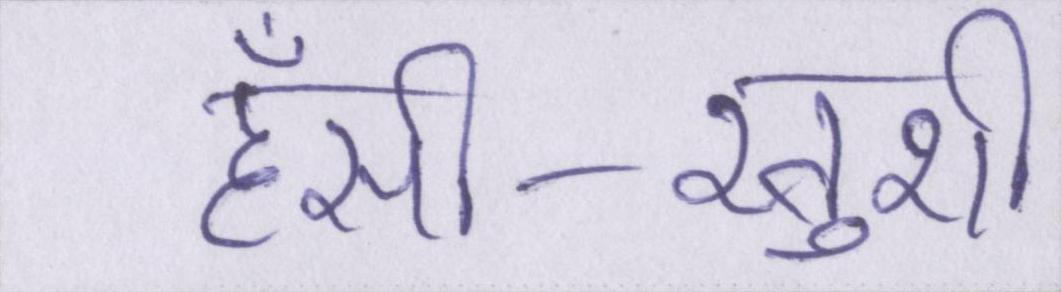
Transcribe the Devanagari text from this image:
हँसी-खुशी